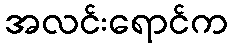
အလင်းရောင်က